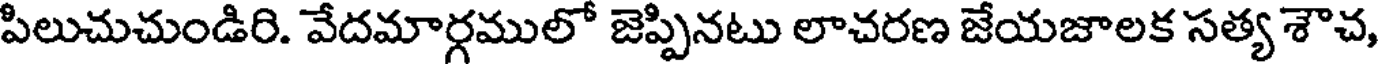
పిలుచుచుండిరి. వేదమార్గములో జెప్పినటు లాచరణ జేయజాలక సత్య శౌచ,